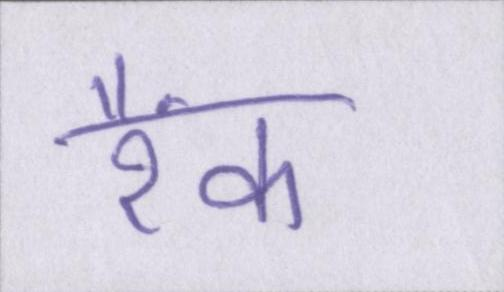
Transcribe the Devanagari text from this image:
रैंक